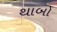
થાબો